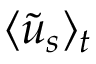
\langle \widetilde { u } _ { s } \rangle _ { t }